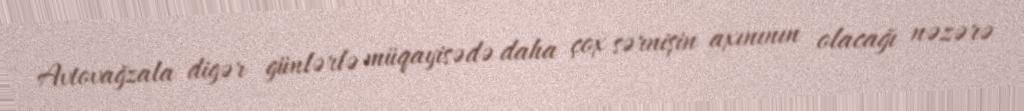
Avtovağzala digər günlərlə müqayisədə daha çox sərnişin axınının olacağı nəzərə